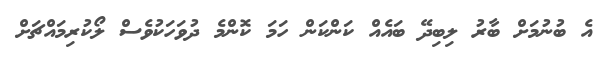
އެ ބުނުމަށް ބާރު ލިބިދޭ ބައެއް ކަންކަން ހަމަ ކޮންމެ ދުވަހަކުވެސް ލޯކުރިމައްޗަށް